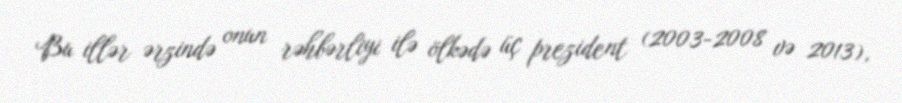
Bu illər ərzində onun rəhbərliyi ilə ölkədə üç prezident (2003-2008 və 2013),